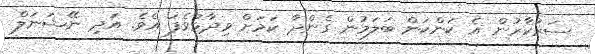
ސަރުކާރުން އެ ކަންކަން ބަލަމުން ގެންދާ ކަމަށް ވިދާާޅުވެފަ އެވެ. އަދި ނޭޝަނަލް